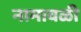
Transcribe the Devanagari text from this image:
नामावळी